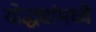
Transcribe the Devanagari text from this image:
योद्ध्यांमध्ये